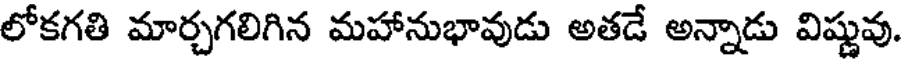
లోకగతి మార్చగలిగిన మహానుభావుడు అతడే అన్నాడు విష్ణువు.